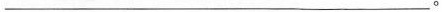
___。